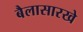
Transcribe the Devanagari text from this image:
बैलासारखे